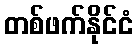
တစ်ဖက်နိုင်ငံ